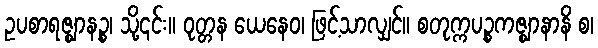
ဥပစာရဇ္ဈာနဉ္စ၊ သို့၎င်း။ ဝုတ္တန ယေနေဝ၊ ဖြင့်သာလျှင်။ စတုက္ကပဉ္စကဇ္ဈာနာနိ စ၊